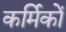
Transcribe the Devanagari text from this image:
कर्मिकाें